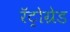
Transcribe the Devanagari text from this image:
रॅट्रोग्रेड